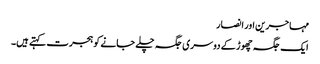
مہاجرین اور انصار
ایک جگہ چھوڑ کے دوسری جگہ چلے جانے کو ہجرت کہتے ہیں۔